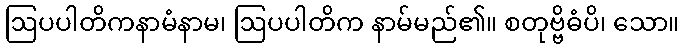
ဩပပါတိကနာမံနာမ၊ ဩပပါတိက နာမ်မည်၏။ စတုဗ္ဗိဓံပိ၊ သော။